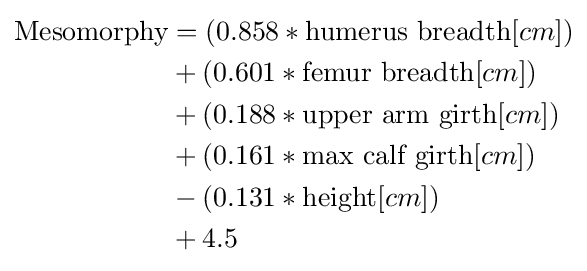
{\begin{aligned}{\text{Mesomorphy}}&=(0.858*{\text{humerus breadth}}[cm])\\&+(0.601*{\text{femur breadth}}[cm])\\&+(0.188*{\text{upper arm girth}}[cm])\\&+(0.161*{\text{max calf girth}}[cm])\\&-(0.131*{\text{height}}[cm])\\&+4.5\end{aligned}}